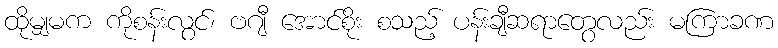
ထိုမျှမက ကိုစန်းလွင်၊ ဗဂျီ အောင်စိုး စသည့် ပန်းချီဆရာတွေလည်း မကြာခဏ